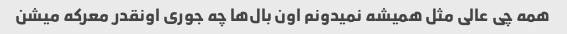
همه چی عالی مثل همیشه نمیدونم اون بال‌ها چه جوری اونقدر معرکه میشن